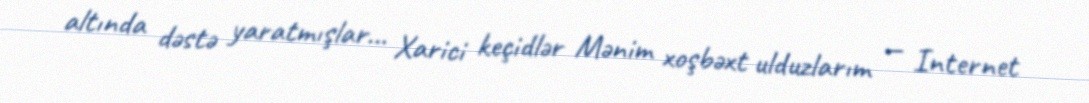
altında dəstə yaratmışlar... Xarici keçidlər Mənim xoşbəxt ulduzlarım — Internet